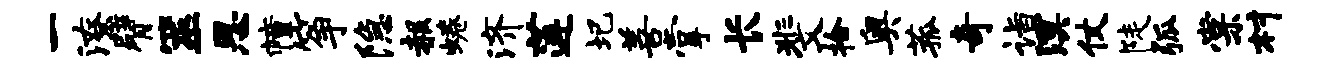
一潦臂筮思幢筝隐赧蜷济莲圯善掌长斐拾奥菰奇诣溟仗陡弧棠村